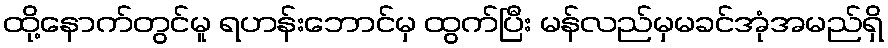
ထို့နောက်တွင်မူ ရဟန်းဘောင်မှ ထွက်ပြီး မန်လည်မှမခင်အုံအမည်ရှိ